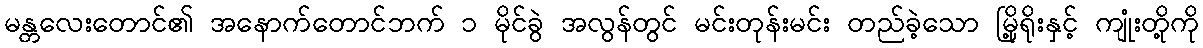
မန္တလေးတောင်၏ အနောက်တောင်ဘက် ၁ မိုင်ခွဲ အလွန်တွင် မင်းတုန်းမင်း တည်ခဲ့သော မြို့ရိုးနှင့် ကျုံးတို့ကို